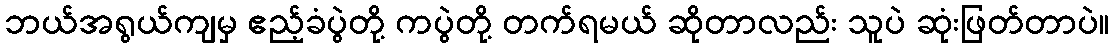
ဘယ်အရွယ်ကျမှ ဧည့်ခံပွဲတို့ ကပွဲတို့ တက်ရမယ် ဆိုတာလည်း သူပဲ ဆုံးဖြတ်တာပဲ။